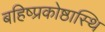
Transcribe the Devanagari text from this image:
बहिष्प्रकोष्ठास्थि